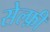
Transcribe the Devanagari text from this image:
सेल्फ़ी